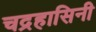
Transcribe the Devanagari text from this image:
चद्रहासिनी